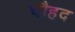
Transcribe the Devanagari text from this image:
चौहद